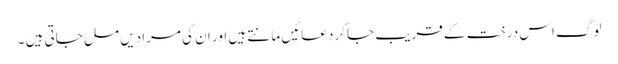
لوگ اس درخت کے قریب جاکر دعائیں مانتے ہیں اور ان کی مرادیں مل جاتی ہیں ۔